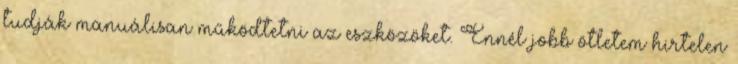
tudják manuálisan működtetni az eszközöket. Ennél jobb ötletem hirtelen